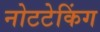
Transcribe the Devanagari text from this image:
नोटटेकिंग